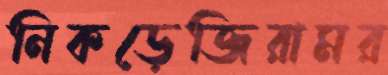
নিকড়েজিরামর